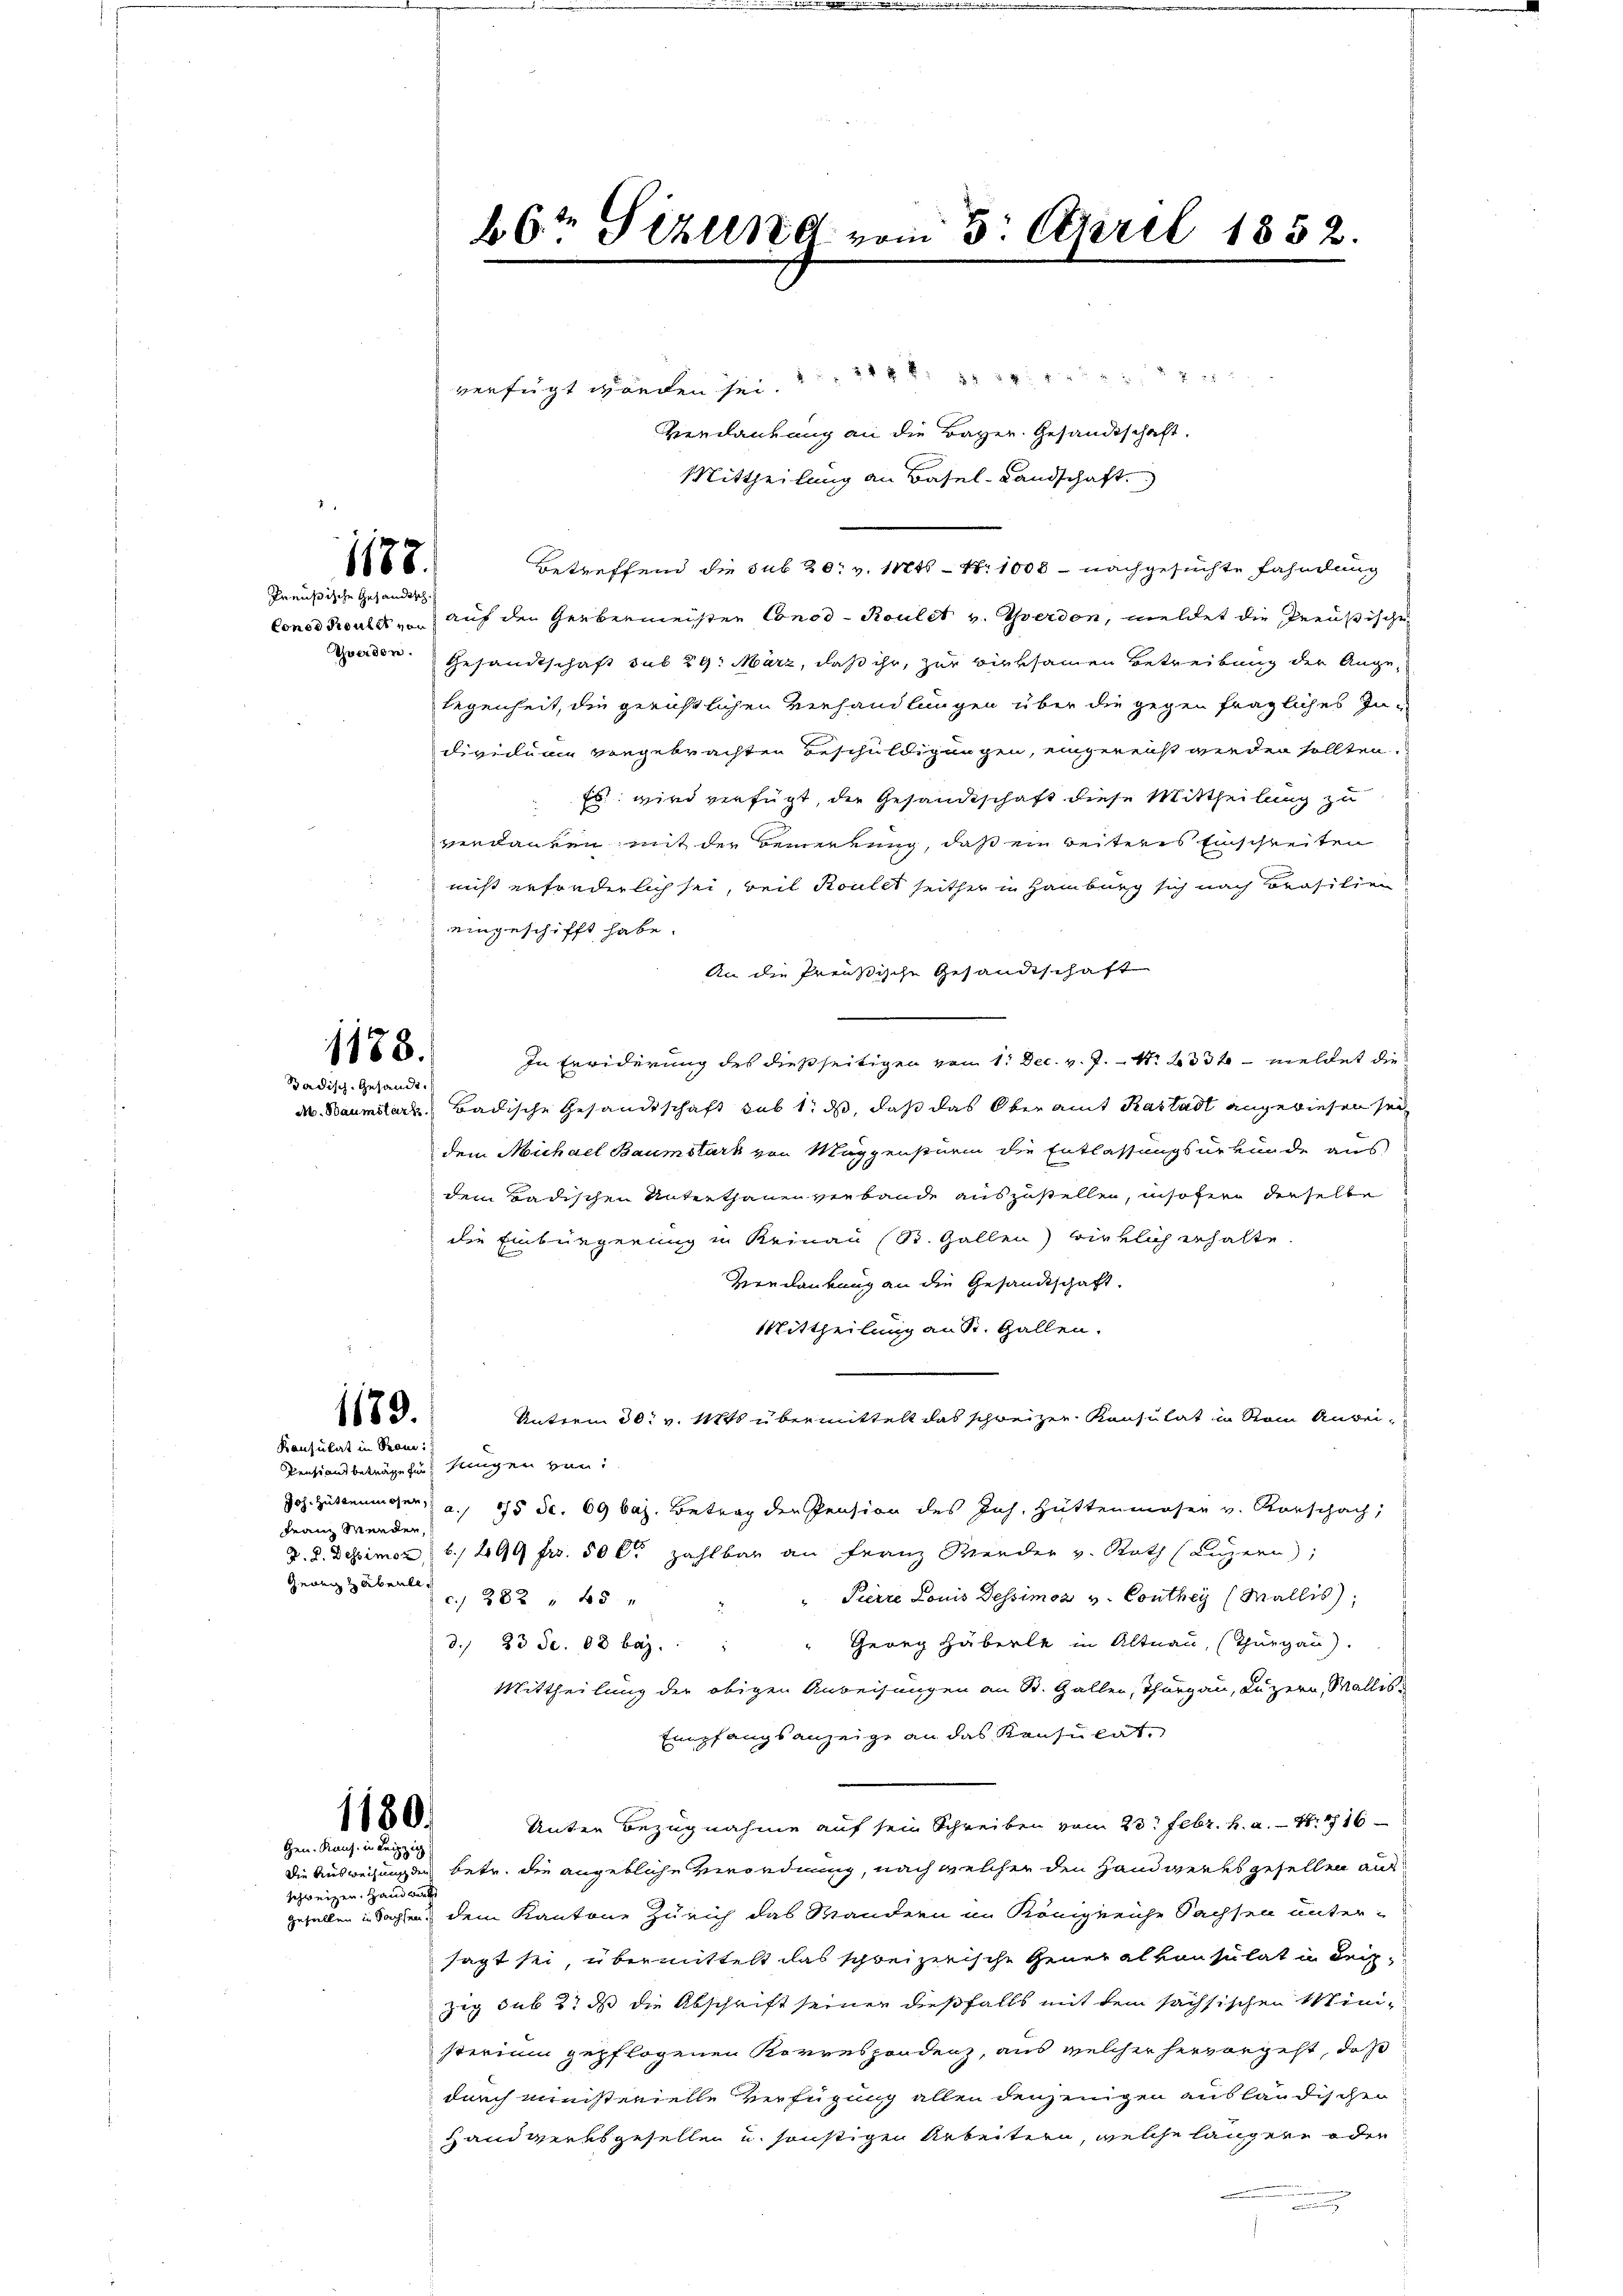
Preußische Gesandtsch
Yverden.

1187.

1183.
Badisch-Gesandt.

verfügt worden sei.
Verdankung an die Bayer. Gesandtschaft.
Mittheilung an Basel-Landschaft
Betreffend die sub 20. v. Mts. — Nr 1008 - nachgesuchte Fahndung
Conciliouler, auf den Gerbermeister Conco- Roulet v. Therdon, meldet die Preußische
Gesandtschaft sub 29. März, daß ihr, zur wirksamen Betreibung der Angelegenheit, die gerichtlichen Verhandlungen über die gegen fragliches Individum vorgebrachten Beschuldigungen, eingereicht werden sollten.
Es wird verfügt, die Gesandtschaft diese Mittheilung zu
verdanken mit der Bemerkung, daß ein beiteres Einschreiten
nicht erforderlich sei, weil Koules seither in Hamburg sich nach Brasilien
eingeschifft habe.
An die Preußische Gesandtschaften
In Erwiderung des dießseitigen von 1. Dec. v. J. S. 332 - meldet die
A. Baumstark Badische Gesandtschaft sub 1. ds, daß das Oberamt Kastadt angewiesen sei
dem Michael Baumstark von Mappensturm die Entlassungsurkunde aus
dem Badischen Unterthanen verbande auszustellen, insofern derselbe
die Einbürgerung in Reinau (St. Gallen) wirklich erhalte.
Verdankung an die Gesandtschaft
Mittheilung an St. Gallen.
1179.
Unterm 30. v. Mts übermittelt das schweizen Konsulat in Sein Anbei¬
Konsulat in Sane:
Pensionsbeträge für Neugen von
Joh. Hüttenmosen, a. 15 Fr. 69 baj. Betrag der Pension des Joh. Hüttenmoser v. Vorschach,
Franz Mender,
. D. Desimo (6, 290 fr. 50 l. zahlbar an Franz Mender v. Rath (Luzern),
Gewicz abente,
" Pierre Louis Dessimoz v. Conthey (Wallis,
c. 282 " 45 x
Georg Häberle in Altnau, (Thurgau).
d. 23 S. 88 bez.
Mittheilung der obigen Anweisungen an St. Gallen, Thurgau, Luzern, Wallis
Empfangsanzeige an das Konsulat,
1180.
Unter Bezugnahme auf sein Schreiben vom 23. Febr. h. a. 1716
Hrn. Kauf in Leipzig
Die Ausweisungung betr. die angebliche Verordnung, nach welcher den Handwerks gesellen auf
schweizen, Handwerk
gefallen in Sachen, dem Kantone Zürich das Wandern im Königreiche Sachsen unter-
sagt sei, übermittelt das schreizerische Generalkonsulat in dei
zig sub 3t ds die Abschrift seiner dießfalls mit dem sachsischen Ministerium gepflogenen Korrespondenz, aus welcher hervorgeht, daß
durch ministerielle Verfügung allen denjenigen ausländischen
Handwerksgesellen u. sonstigen Arbeitern, welche längern oder

66t Sizung vom 5. April 1852.